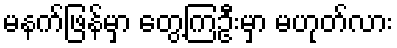
မနက်ဖြန်မှာ တွေ့ကြဦးမှာ မဟုတ်လား